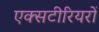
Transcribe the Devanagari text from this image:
एक्सटीरियरों